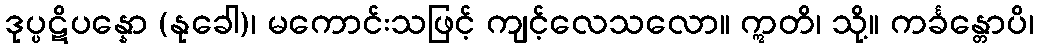
ဒုပ္ပဋိပန္နော (နုခေါ)၊ မကောင်းသဖြင့် ကျင့်လေသလော။ ဣတိ၊ သို့။ ကင်္ခန္တောပိ၊